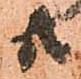
共